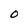
Character: O